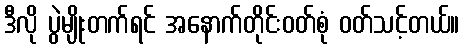
ဒီလို ပွဲမျိုးတက်ရင် အနောက်တိုင်းဝတ်စုံ ဝတ်သင့်တယ်။